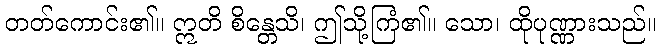
တတ်ကောင်း၏။ ဣတိ စိန္တေသိ၊ ဤသို့ကြံ၏။ သော၊ ထိုပုဏ္ဏားသည်။